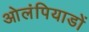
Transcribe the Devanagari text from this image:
ओलंपियाडों